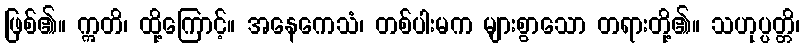
ဖြစ်၏။ ဣတိ၊ ထို့ကြောင့်။ အနေကေသံ၊ တစ်ပါးမက များစွာသော တရားတို့၏။ သဟုပ္ပတ္တိ၊